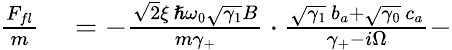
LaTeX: \begin{array}{rl}{\frac{F_{fl}}{m}}&{{}=-\frac{\sqrt 2\xi\, \hslash\omega_{0}\sqrt{\gamma_{1}}B}{m\gamma_{+}}\cdot\frac{\sqrt{\gamma_{1}}\, b_{a}+\sqrt{\gamma_{0}}\, c_{a}}{\gamma_{+}-i\Omega}-}\end{array}